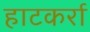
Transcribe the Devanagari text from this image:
हाटकर्रा